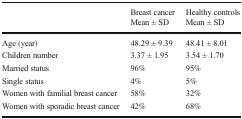
<table><thead><tr><td></td><td><b>Breast cancerMean ± SD</b></td><td><b>Healthy controlsMean ± SD</b></td></tr></thead><tbody><tr><td>Age (year)</td><td>48.29 ± 9.39</td><td>48.41 ± 8.01</td></tr><tr><td>Children number</td><td>3.37 ± 1.95</td><td>3.54 ± 1.70</td></tr><tr><td>Married status</td><td>96%</td><td>95%</td></tr><tr><td>Single status</td><td>4%</td><td>5%</td></tr><tr><td>Women with familial breast cancer</td><td>58%</td><td>32%</td></tr><tr><td>Women with sporadic breast cancer</td><td>42%</td><td>68%</td></tr></tbody></table>